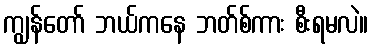
ကျွန်တော် ဘယ်ကနေ ဘတ်စ်ကား စီးရမလဲ။